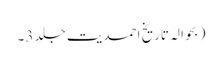
( بحوالہ تاریخ احمدیت جلد 3۔